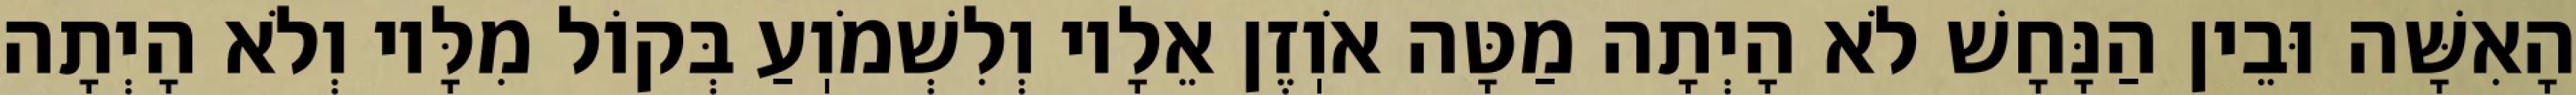
הָאִשָּׁה וּבֵין הַנָּחָשׁ לֹא הָיְתָה מַטָּה אֹוֽזֶן אֵלָיו וְלִשְׁמֹוֽעַ בְּקוֹל מִלָּיו וְלֹא הָיְתָה